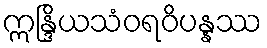
ဣန္ဒြိယသံဝရဝိပန္နဿ